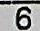
6